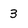
Character: 3